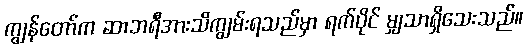
ကျွန်တော်က ဆာဘရီအားသိကျွမ်းရသည်မှာ ရက်ပိုင် မျှသာရှိသေးသည်။